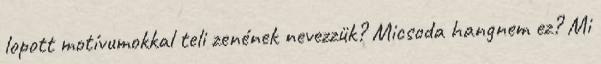
lopott motívumokkal teli zenének nevezzük? Micsoda hangnem ez? Mi